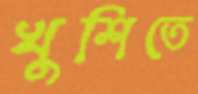
খুশিতে